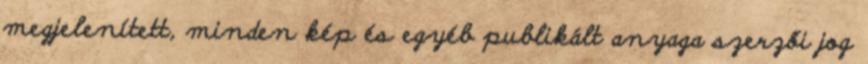
megjelenített, minden kép és egyéb publikált anyaga szerzői jog